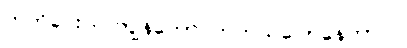
ကတိပေးပါ၊ ကျွန်တော် တကယ်ပြောနေတာပါ။